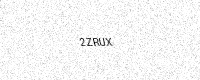
Text: 2ZRUX